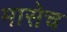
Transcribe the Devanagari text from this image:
मासेच